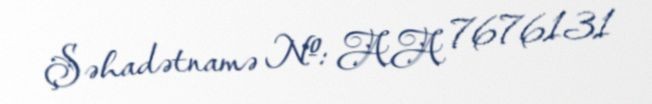
Şəhadətnamə №: AA 7676131